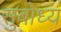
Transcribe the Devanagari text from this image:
सुबोध्य